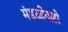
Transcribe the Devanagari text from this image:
मंडळींनाही